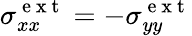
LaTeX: \sigma_{xx}^{\mathrm{~e~x~t~}}=-\sigma_{yy}^{\mathrm{~e~x~t~}}